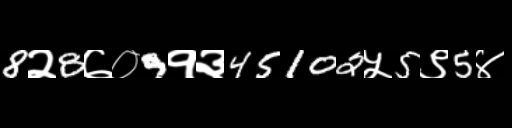
Text: 8२8७०9१३45102५5९5४